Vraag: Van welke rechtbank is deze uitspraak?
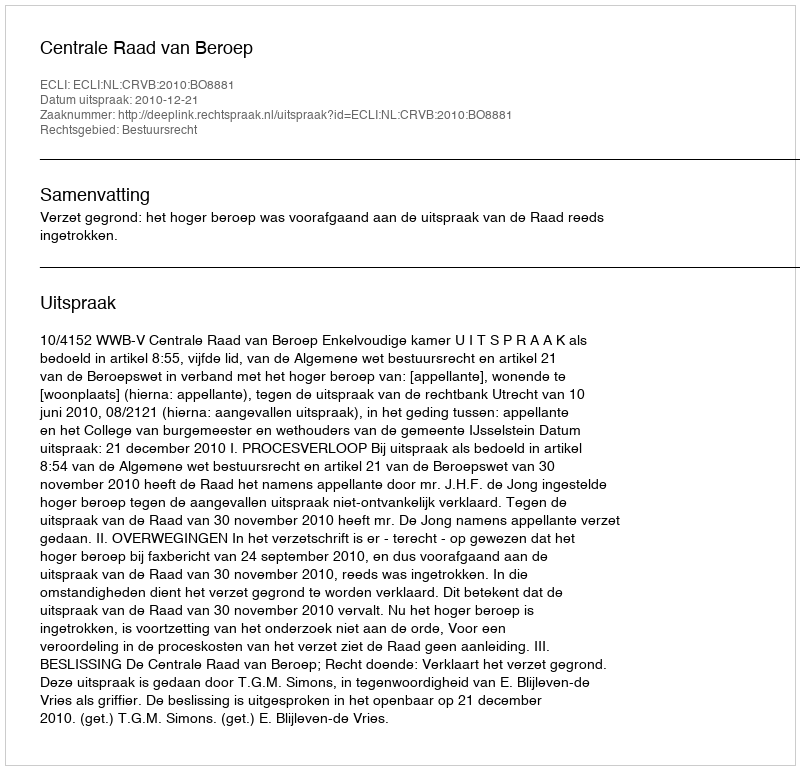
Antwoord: Centrale Raad van Beroep